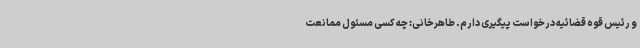
و رئیس قوه قضائیه درخواست پیگیری دارم. طاهرخانی: چه کسی مسئول ممانعت